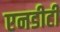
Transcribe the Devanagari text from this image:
एनडीटी